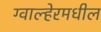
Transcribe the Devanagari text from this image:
ग्वाल्हेरमधील